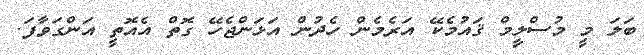
ބަލަ މީ މުސްލިީމް ޤައުމެކޭ އަރެމެން ހެދުން އަޅަންޖެހޭ ގޮތް އެއޮތީ އަންގަވާފަ.